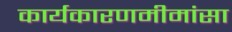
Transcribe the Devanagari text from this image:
कार्यकारणमीमांसा